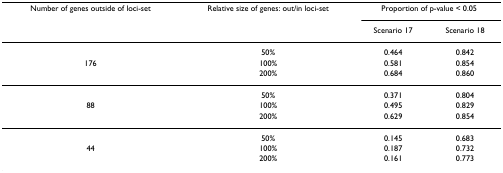
| Number of genes outside of loci-set | Relative size of genes: out/in loci-set | <COLSPAN=2> Proportion of p-value < 0.05 |
 |  |  | Scenario 17 | Scenario 18 |
 | --- | --- | --- | --- |
 |  | 50% | 0.464 | 0.842 |
 | 176 | 100% | 0.581 | 0.854 |
 |  | 200% | 0.684 | 0.860 |
 |  | 50% | 0.371 | 0.804 |
 | 88 | 100% | 0.495 | 0.829 |
 |  | 200% | 0.629 | 0.854 |
 |  | 50% | 0.145 | 0.683 |
 | 44 | 100% | 0.187 | 0.732 |
 |  | 200% | 0.161 | 0.773 |